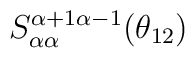
S_{\alpha\alpha }^{\alpha +1\alpha -1}(\theta _{12})